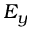
E _ { y }